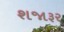
શજારૂર